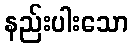
နည်းပါးသော